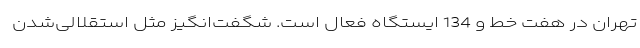
تهران در هفت خط و 134 ایستگاه فعال است. شگفت‌‌انگیز مثل استقلالی‌شدن